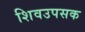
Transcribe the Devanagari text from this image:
शिवउपसक